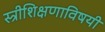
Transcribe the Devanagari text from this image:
स्त्रीशिक्षणाविषयी